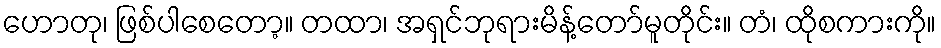
ဟောတု၊ ဖြစ်ပါစေတော့။ တထာ၊ အရှင်ဘုရားမိန့်တော်မူတိုင်း။ တံ၊ ထိုစကားကို။